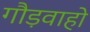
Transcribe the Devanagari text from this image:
गौड़वाहो